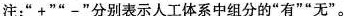
注：”+””-”分别表示人工体系中组分的”有””无”。